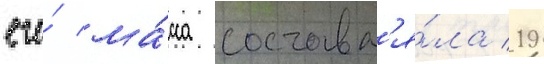
его́ ма́сса составл'я́ла 19